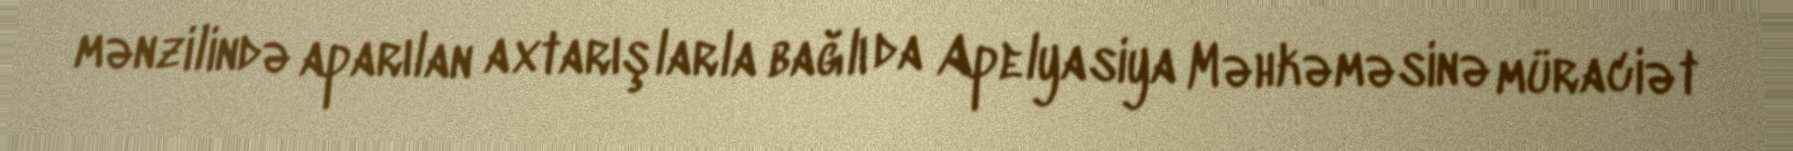
mənzilində aparılan axtarışlarla bağlı da Apelyasiya Məhkəməsinə müraciət